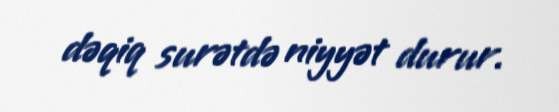
dəqiq surətdə niyyət durur.